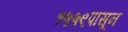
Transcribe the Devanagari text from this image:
१५५९पासून